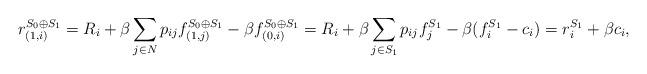
LaTeX: \begin{align*}r^{S_0 \oplus S_1}_{(1, i)} = R_i + \beta \sum_{j \in N} p_{ij} f^{S_0 \oplus S_1}_{(1, j)}- \beta f^{S_0 \oplus S_1}_{(0, i)} = R_i + \beta \sum_{j \in S_1} p_{ij} f^{S_1}_j - \beta (f^{S_1}_i - c_i) = r^{S_1}_i + \beta c_i,\end{align*}